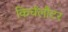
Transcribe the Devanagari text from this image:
किर्चलौटर